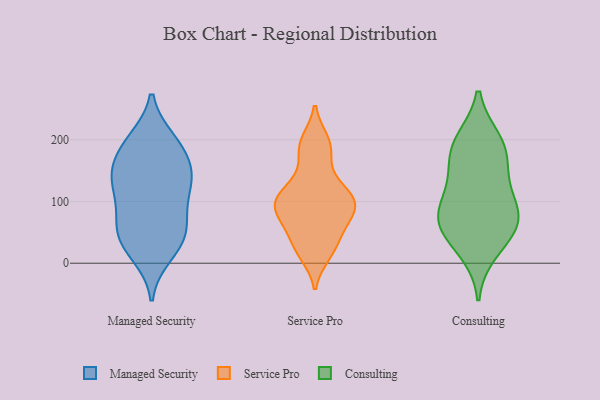
{"axis": {"x": "Satisfaction Score", "y": "Value"}, "legend": ["Consulting", "Managed Security", "Service Pro"], "data": [{"x": "", "y": 167, "type": "Managed Security"}, {"x": "", "y": 63, "type": "Managed Security"}, {"x": "", "y": 140, "type": "Managed Security"}, {"x": "", "y": 80, "type": "Managed Security"}, {"x": "", "y": 195, "type": "Managed Security"}, {"x": "", "y": 142, "type": "Managed Security"}, {"x": "", "y": 131, "type": "Managed Security"}, {"x": "", "y": 156, "type": "Managed Security"}, {"x": "", "y": 60, "type": "Managed Security"}, {"x": "", "y": 49, "type": "Managed Security"}, {"x": "", "y": 31, "type": "Managed Security"}, {"x": "", "y": 113, "type": "Managed Security"}, {"x": "", "y": 118, "type": "Managed Security"}, {"x": "", "y": 194, "type": "Managed Security"}, {"x": "", "y": 199, "type": "Managed Security"}, {"x": "", "y": 31, "type": "Managed Security"}, {"x": "", "y": 14, "type": "Managed Security"}, {"x": "", "y": 198, "type": "Service Pro"}, {"x": "", "y": 90, "type": "Service Pro"}, {"x": "", "y": 38, "type": "Service Pro"}, {"x": "", "y": 122, "type": "Service Pro"}, {"x": "", "y": 96, "type": "Service Pro"}, {"x": "", "y": 15, "type": "Service Pro"}, {"x": "", "y": 71, "type": "Service Pro"}, {"x": "", "y": 58, "type": "Service Pro"}, {"x": "", "y": 101, "type": "Service Pro"}, {"x": "", "y": 85, "type": "Service Pro"}, {"x": "", "y": 124, "type": "Service Pro"}, {"x": "", "y": 22, "type": "Service Pro"}, {"x": "", "y": 103, "type": "Service Pro"}, {"x": "", "y": 192, "type": "Service Pro"}, {"x": "", "y": 171, "type": "Service Pro"}, {"x": "", "y": 48, "type": "Consulting"}, {"x": "", "y": 66, "type": "Consulting"}, {"x": "", "y": 58, "type": "Consulting"}, {"x": "", "y": 87, "type": "Consulting"}, {"x": "", "y": 135, "type": "Consulting"}, {"x": "", "y": 181, "type": "Consulting"}, {"x": "", "y": 79, "type": "Consulting"}, {"x": "", "y": 19, "type": "Consulting"}, {"x": "", "y": 196, "type": "Consulting"}, {"x": "", "y": 97, "type": "Consulting"}, {"x": "", "y": 155, "type": "Consulting"}, {"x": "", "y": 199, "type": "Consulting"}]}